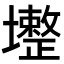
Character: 𡓟